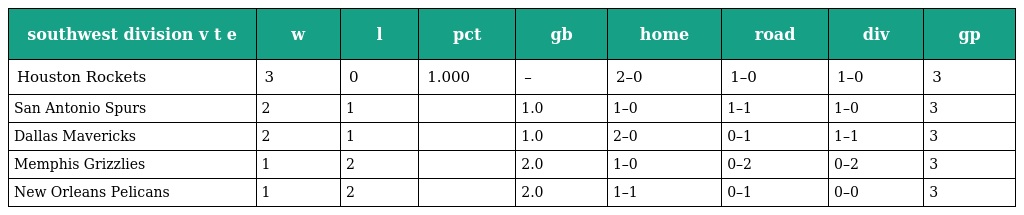
| southwest division v t e | w | l | pct | gb | home | road | div | gp |
 | --- | --- | --- | --- | --- | --- | --- | --- | --- |
 | Houston Rockets | 3 | 0 | 1.000 | – | 2–0 | 1–0 | 1–0 | 3 |
 | San Antonio Spurs | 2 | 1 |  | 1.0 | 1–0 | 1–1 | 1–0 | 3 |
 | Dallas Mavericks | 2 | 1 |  | 1.0 | 2–0 | 0–1 | 1–1 | 3 |
 | Memphis Grizzlies | 1 | 2 |  | 2.0 | 1–0 | 0–2 | 0–2 | 3 |
 | New Orleans Pelicans | 1 | 2 |  | 2.0 | 1–1 | 0–1 | 0–0 | 3 |